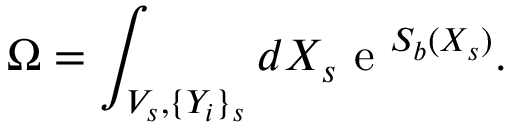
\Omega = \int _ { V _ { s } , \{ Y _ { i } \} _ { s } } d X _ { s } \mathrm { ~ e ~ } ^ { S _ { b } ( X _ { s } ) } .